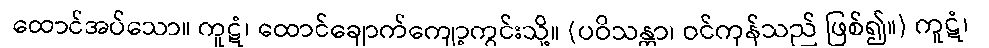
ထောင်အပ်သော။ ကူဋံ၊ ထောင်ချောက်ကျော့ကွင်းသို့။ (ပဝိသန္တာ၊ ဝင်ကုန်သည် ဖြစ်၍။) ကူဋံ၊